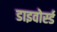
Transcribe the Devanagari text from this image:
डाइवोर्स्ड